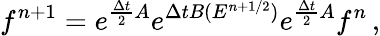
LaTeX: f^{n+1}=e^{\frac{\Delta t}{2}A}e^{\Delta tB(E^{n+1/2})}e^{\frac{\Delta t}{2}A}f^{n}\, ,